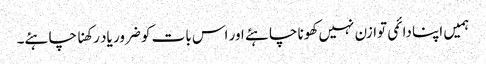
ہمیں اپنا دائمی توازن نہیں کھونا چاہئے اور اس بات کو ضرور یاد رکھنا چاہئے۔